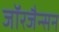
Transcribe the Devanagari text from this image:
जॉरजैन्सन